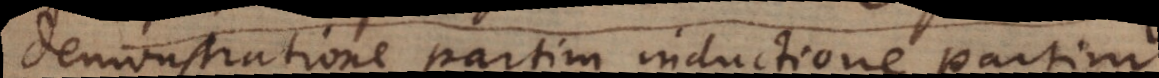
demonstratione partim inductione, partim